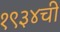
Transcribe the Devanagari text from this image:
१९३४ची